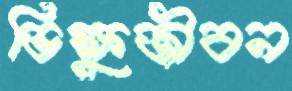
ভিক্ষুজীবন